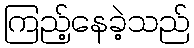
ကြည့်နေခဲ့သည်